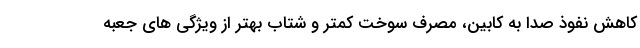
کاهش نفوذ صدا به کابین، مصرف سوخت کمتر و شتاب بهتر از ویژگی های جعبه